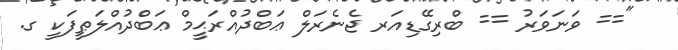
"== ވަނަވަރު == ބްރިގޭޑިއަރ ޖެނެރަލް ޢަބްދުއްރަޙީމް ޢަބްދުއްލަޠީފަކީ ގ.